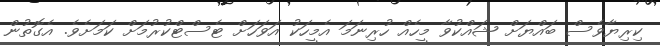
ކިރިޔާވެސް ބައްޔަށް ޝައްކުވާ މީހެއް ހުރިނަމަ އެމީހަކު އަވަހަށް ޓެސްޓްކުރުމަށް ކަމަށެވެ. އެގޮތުން